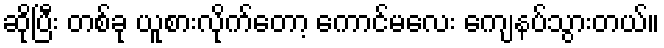
ဆိုပြီး တစ်ခု ယူစားလိုက်တော့ ကောင်မလေး ကျေနပ်သွားတယ်။